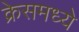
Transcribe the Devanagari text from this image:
क्रेसमध्ये